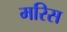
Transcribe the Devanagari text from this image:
मरिस